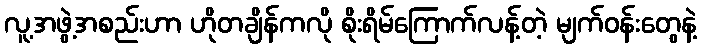
လူ့အဖွဲ့အစည်းဟာ ဟိုတချိန်ကလို စိုးရိမ်ကြောက်လန့်တဲ့ မျက်ဝန်းတွေနဲ့